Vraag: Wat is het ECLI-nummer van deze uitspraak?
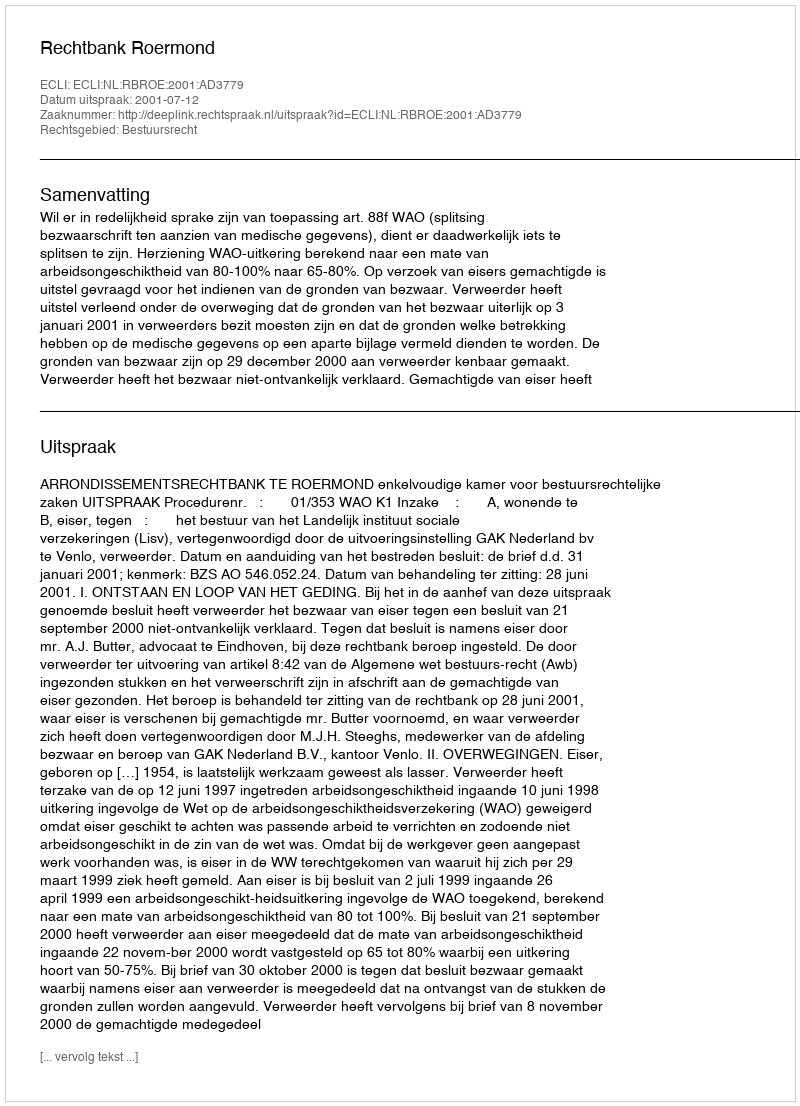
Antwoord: ECLI:NL:RBROE:2001:AD3779